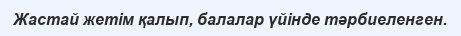
Жастай жетім қалып, балалар үйінде тәрбиеленген.